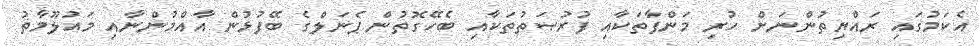
އެކަމުގައި ރައްޔިތުންނަށް ހުރި މަންފާތަކާއި ފުރުޞަތުތަކާއި ބެހޭގޮތުން ޕެނަލްގެ ބޭފުޅުން އާއްމުންނާއި މައުލޫމާތު